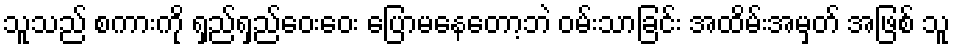
သူသည် စကားကို ရှည်ရှည်ဝေးဝေး ပြောမနေတော့ဘဲ ဝမ်းသာခြင်း အထိမ်းအမှတ် အဖြစ် သူ